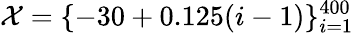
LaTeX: \mathcal{X}=\{ -30+0.125(i-1)\} _{i=1}^{400}